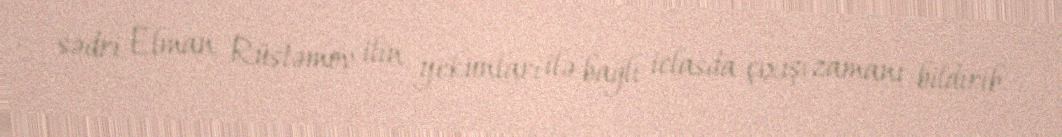
sədri Elman Rüstəmov ilin yekunları ilə bağlı iclasda çıxışı zamanı bildirib.